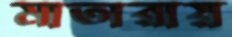
মাতারায়